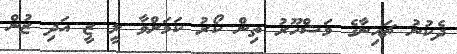
ދެކުނު ޗައިނާގެ މަޝްހޫރު ތިން ކޯރު ކަމަށްވާ ލީ ޒީ އަދި ޒުން